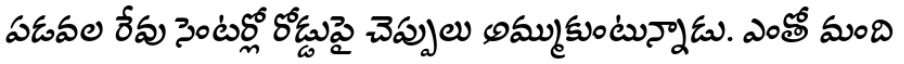
పడవల రేవు సెంటర్లో రోడ్డుపై చెప్పులు అమ్ముకుంటున్నాడు. ఎంతో మంది